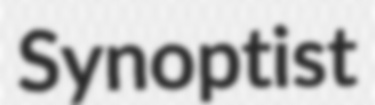
Synoptist